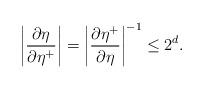
LaTeX: \begin{align*}\left| \frac{\partial\eta}{\partial\eta^+} \right| = \left| \frac{\partial\eta^+}{\partial\eta} \right|^{-1} \le 2^d.\end{align*}